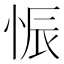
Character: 𱞗